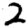
Digit: 2